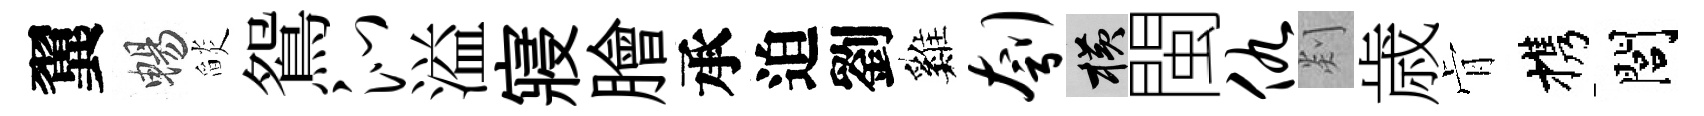
翼暢𦦨鴛沁溢寢膾承迫劉巍刳横閩仇剡歳肻携閭